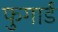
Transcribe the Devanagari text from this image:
फुगार्ड